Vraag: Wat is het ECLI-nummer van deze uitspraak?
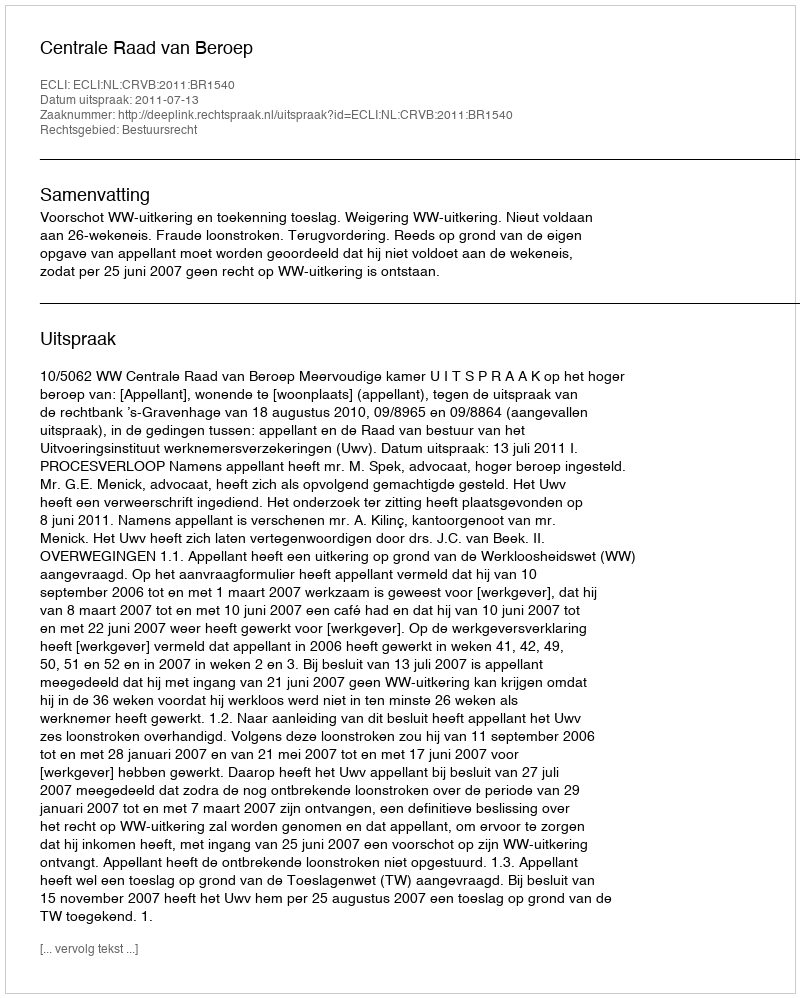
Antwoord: ECLI:NL:CRVB:2011:BR1540